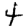
Digit: 4